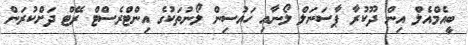
ބީއެމްއެލް އިން ދޫކުރާ ޕާސަނަލް ލޯނާއި ހައުސިން ލޯނުތަކުގެ އިންޓްރެސްޓް ރޭޓް ދަށްކުރަން